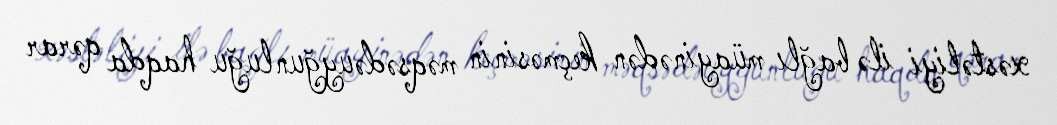
xəstəliyi ilə bağlı müayinədən keçməsinin məqsədəuyğunluğu haqda qərar